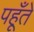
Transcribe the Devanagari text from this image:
पहूँते